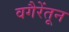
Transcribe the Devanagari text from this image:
वगैरेंतून